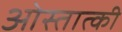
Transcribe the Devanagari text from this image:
ओस्तात्की